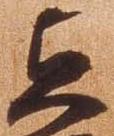
貞